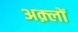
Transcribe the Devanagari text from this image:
अक़्लों